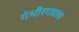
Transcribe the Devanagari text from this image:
गंभीरगडाला